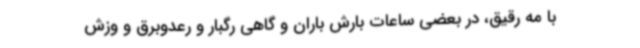
با مه رقیق، در بعضی ساعات بارش باران و گاهی رگبار و رعدوبرق و وزش